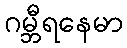
ဂမ္ဘီရနေမာ